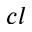
c l